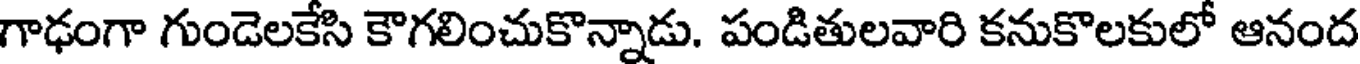
గాఢంగా గుండెలకేసి కౌగలించుకొన్నాడు. పండితులవారి కనుకొలకులో ఆనంద